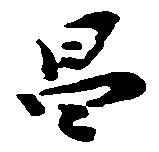
昌